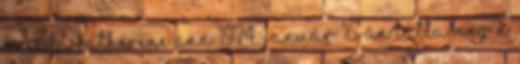
szerda Katherine Ann 1974. január 16-án látta meg a